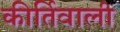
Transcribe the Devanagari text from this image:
कीर्तिवाली